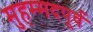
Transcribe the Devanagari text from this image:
मुहम्मदपूर्व